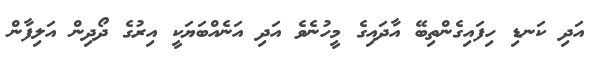
އަދި ކަނޑި ހިފައިގެންތިބޭ އާދައިގެ މީހުނެވެ އަދި އަނެއްބަޔަކީ އިރުގެ ދޯދިން އަލިފާން